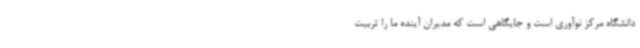
دانشگاه مرکز نوآوری است و جایگاهی است که مدیران آینده ما را تربیت